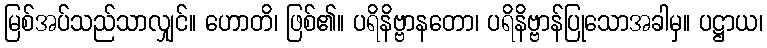
မြစ်အပ်သည်သာလျှင်။ ဟောတိ၊ ဖြစ်၏။ ပရိနိဗ္ဗာနတော၊ ပရိနိဗ္ဗာန်ပြုသောအခါမှ။ ပဋ္ဌာယ၊